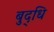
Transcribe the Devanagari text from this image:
बुद्‌धि